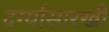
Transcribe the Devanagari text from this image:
दर्ग्यासारखी